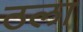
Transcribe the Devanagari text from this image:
ठला